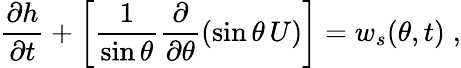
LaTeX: \frac{\partial h}{\partial t}+\left[\frac{1}{\sin\theta}\frac{\partial}{\partial\theta}\left(\sin\theta\, U\right)\right]=w_{s}(\theta,t)\; ,